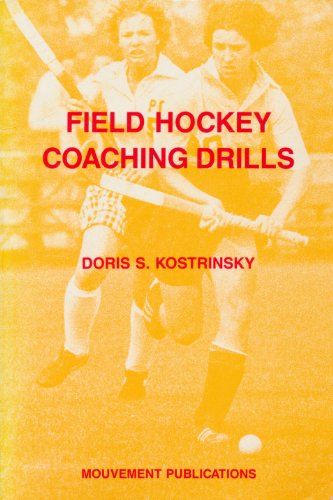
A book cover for Field Hockey Coaching Drills; Doris Kostrinsky; Sports & Outdoors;